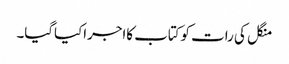
منگل کی رات کوکتاب کااجراکیاگیا۔